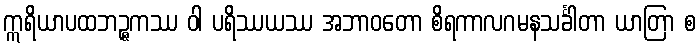
ဣရိယာပထဘဉ္ဇကဿ ဝါ ပရိဿယဿ အဘာဝတော စိရကာလဂမနသင်္ခါတာ ယာတြာ စ